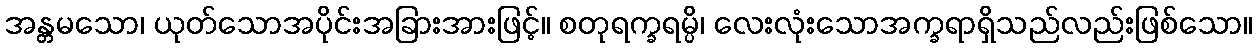
အန္တမသော၊ ယုတ်သောအပိုင်းအခြားအားဖြင့်။ စတုရက္ခရမ္ပိ၊ လေးလုံးသောအက္ခရာရှိသည်လည်းဖြစ်သော။